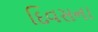
દિવસના